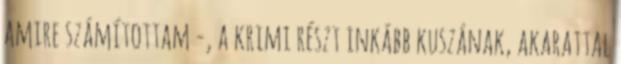
amire számítottam -, a krimi részt inkább kuszának, akarattal